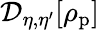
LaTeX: \mathcal D_{\eta,\eta^{\prime}}[\rho_{\mathrm{p}}]